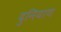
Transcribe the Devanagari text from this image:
दुनियाण